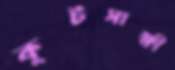
কূটসাক্ষী